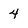
Character: 4